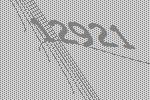
12921